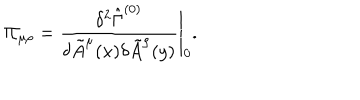
\Pi _ { \mu \rho } = \frac { \delta ^ { 2 } \hat { \Gamma } ^ { ( 0 ) } } { \delta \tilde { A } ^ { \mu } ( x ) \delta \tilde { A } ^ { \rho } ( y ) } \Bigg | _ { 0 } .